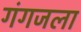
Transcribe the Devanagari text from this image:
गंगजला